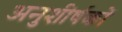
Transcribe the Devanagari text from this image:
अनुशीर्षकों